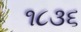
૧૮૩૬